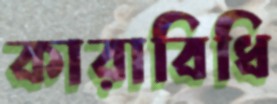
কারাবিধি